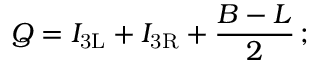
Q = I _ { \mathrm { { 3 L } } } + I _ { \mathrm { { 3 R } } } + { \frac { B - L } { 2 } } \, ;